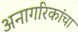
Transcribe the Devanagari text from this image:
अनागरिकांचा